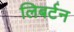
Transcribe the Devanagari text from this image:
लिबर्टन